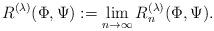
LaTeX: \begin{align*} R^{(\lambda)}(\Phi, \Psi) := \lim_{n \to \infty} R_n^{(\lambda)}(\Phi, \Psi).\end{align*}